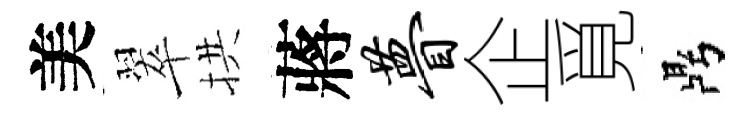
美翠拱蔣瞢企覓鼎